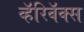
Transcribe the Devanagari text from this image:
व्हॅरिवॅक्स